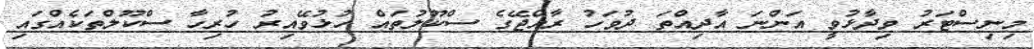
މިނިސްޓަރު ވިދާޅުވީ އަންނަ އާދިއްތަ ދުވަހު ރާއްޖޭގެ ސްކޫލުތައް ހުޅުވޭއިރު ހުރިހާ ސްކޫލްތަކެއްގައި